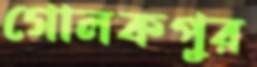
গোলকপুর